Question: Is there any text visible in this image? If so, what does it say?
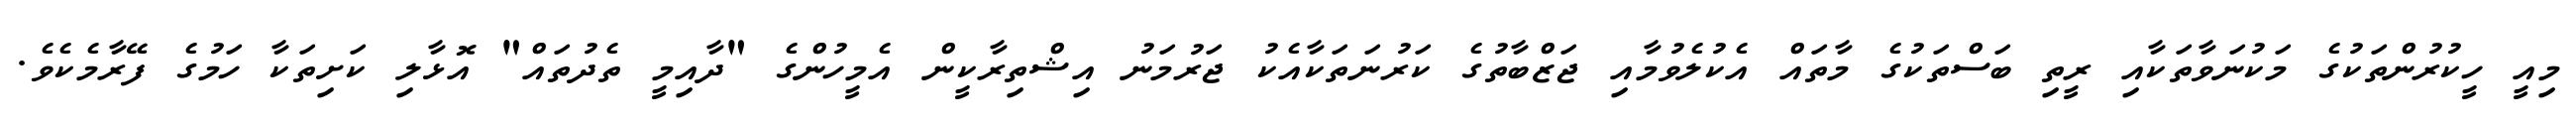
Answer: މިއީ ހީކުރުންތަކުގެ މަކުނަވާތަކާއި ރީތި ބަސްތަކުގެ މާތައް އެކުލެވުމާއި ޖަޒްބާތުގެ ކަރުނަތަކާއެކު ޖަރުމަނު އިޝްތިރާކީން އެމީހުންގެ "ދާއިމީ ތެދުތައް" އޮޅާލި ކަށިތަކާ ހަމުގެ ފޭރާމެކެވެ.